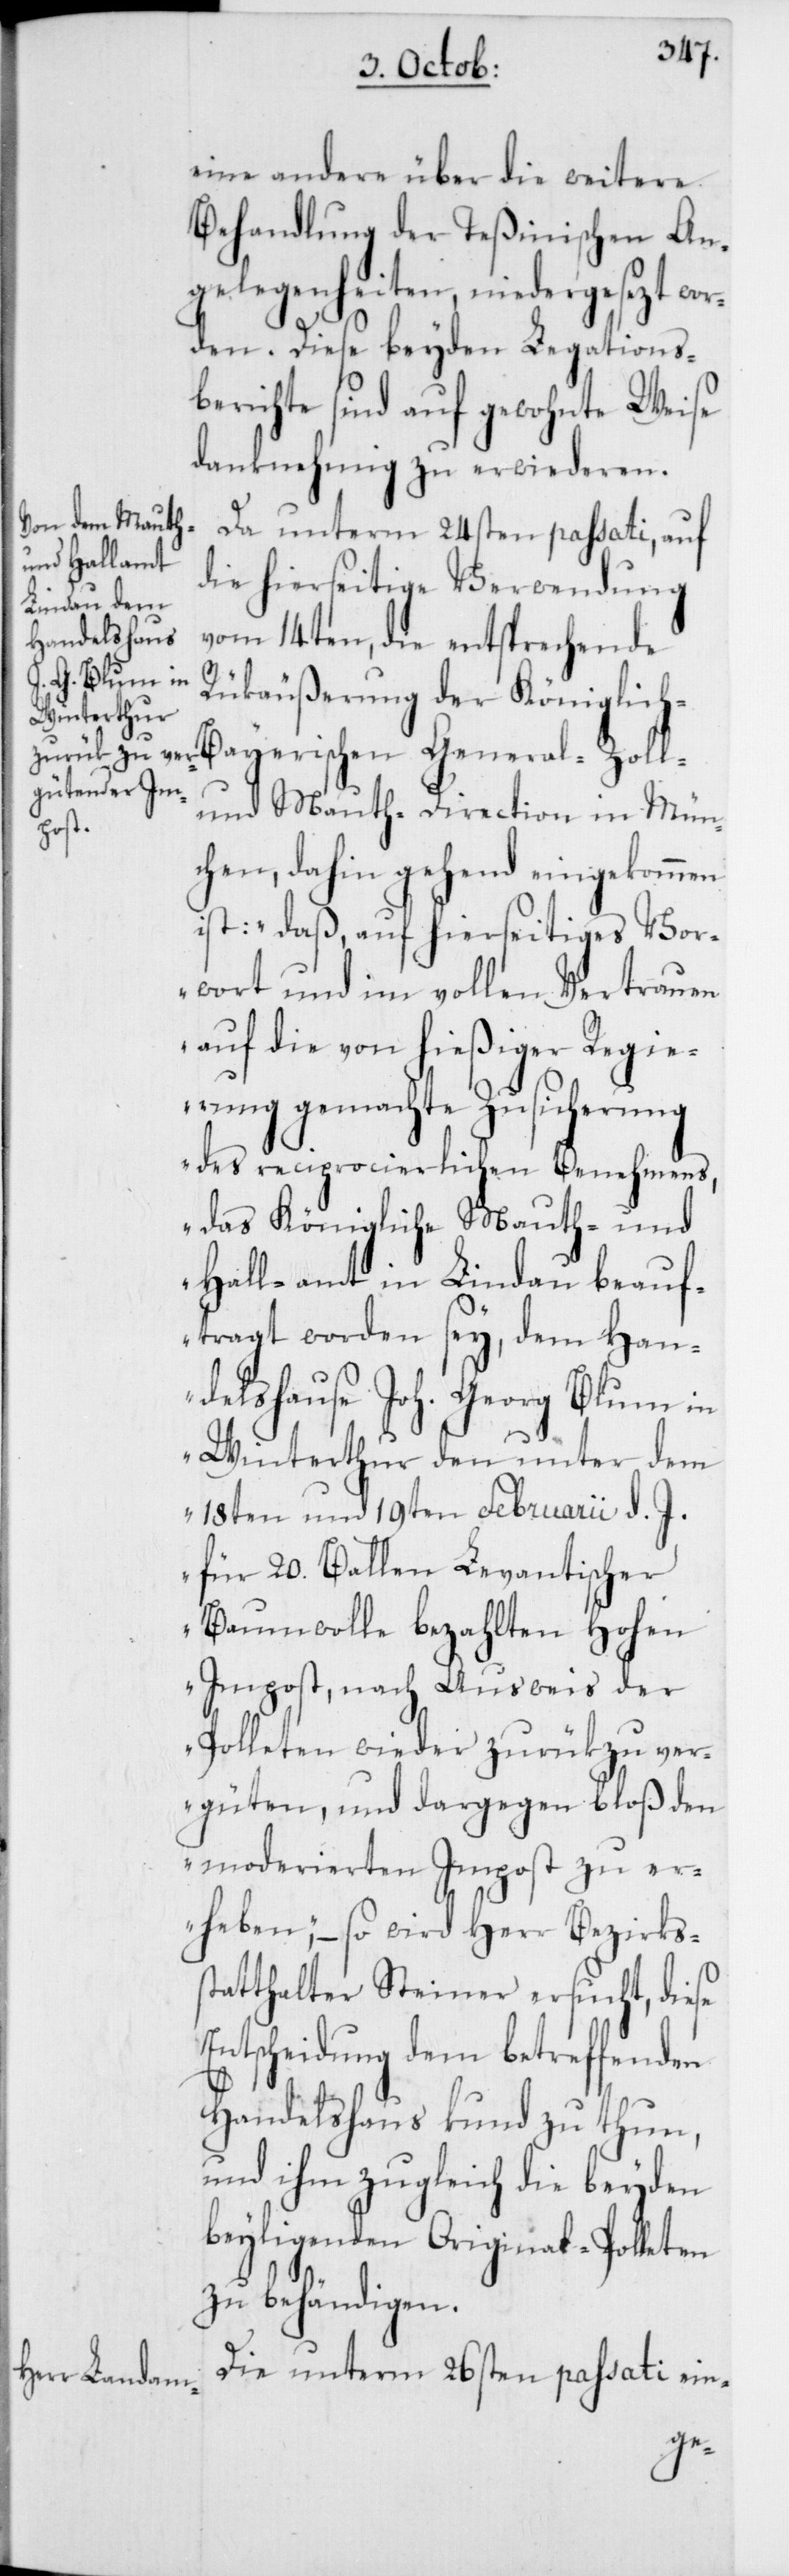
eine andere über die weitere
Behandlung der Teßinischen An¬
gelegenheiten, niedergesezt wor¬
den. Diese beyden Legations¬
berichte sind auf gewohnte Weise
danknehmig zu erwideren.
Da unterm 24sten passati, auf
die hierseitige Verwendung
vom 14ten, die entsprechende
Rükäußerung der Königlic¬
und Mauth-Direction in Mün¬
rischen
chen, dahin gehend eingekommen
ist: „daß auf hierseitiges Vor¬
wort und im vollen Vertrauen
auf die von hießiger Regie¬
rung gemachte Zusicherung
des reciprocierlichen Benehmens,
das Königliche Mauth- und
Hall-amt in Lindau beauf¬
tragt worden sey, dem Han¬
delshause Joh. Georg Blum in
Winterthur den unter dem
18ten und 19ten Februarii d. J.
für 20. Ballen Levantischer
Baumwolle bezahlten Hohen
Impost, nach Ausweis der
Polleten wieder zurük zu ver¬
güten, und dagegen bloß den
moderierten Impost zu er¬
heben,“ – so wird Herr Bezirks¬
statthalter Steiner ersucht, diese
Entscheidung dem betreffenden
Handelshaus kund zu thun,
und ihm zugleich die beyden
beyligenden Original-Polleten
zu behändigen.
Die unterm 26sten passati ein-